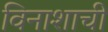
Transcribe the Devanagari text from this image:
विनाशाची